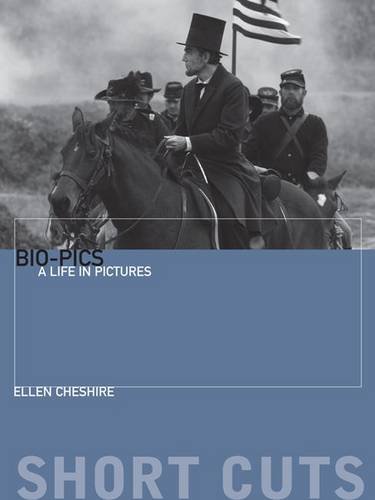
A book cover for Bio-pics: A Life in Pictures (Short Cuts); Ellen Cheshire; Humor & Entertainment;